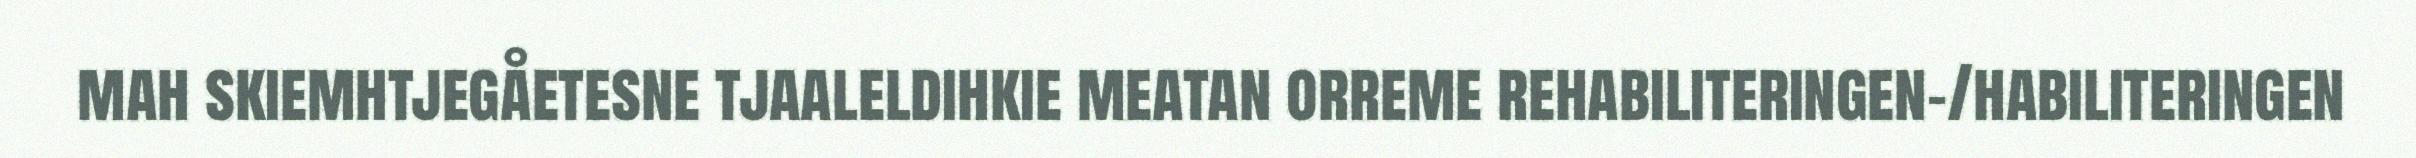
mah skiemhtjegåetesne tjaaleldihkie meatan orreme rehabiliteringen-/habiliteringen